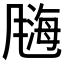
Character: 𫗀